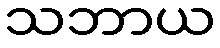
သဘာယ